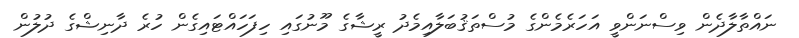
ނައްތާލާދެން ވިސްނަންވީ އަހަރެމެންގެ މުސްތަޤުބަލާއިމެދު ރީޝާގެ މޫނުގައި ހިފަހައްޓަައިގެން ހުރެ ދާނިޝްގެ ދުލުން